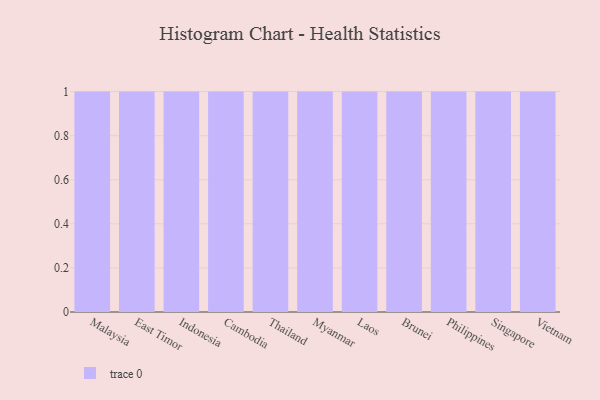
{"axis": {"x": "Country", "y": "Population (Million)"}, "legend": [""], "data": [{"x": "Malaysia", "y": 71, "type": ""}, {"x": "East Timor", "y": 97, "type": ""}, {"x": "Indonesia", "y": 4, "type": ""}, {"x": "Cambodia", "y": 93, "type": ""}, {"x": "Thailand", "y": 20, "type": ""}, {"x": "Myanmar", "y": 25, "type": ""}, {"x": "Laos", "y": 91, "type": ""}, {"x": "Brunei", "y": 56, "type": ""}, {"x": "Philippines", "y": 94, "type": ""}, {"x": "Singapore", "y": 94, "type": ""}, {"x": "Vietnam", "y": 76, "type": ""}]}